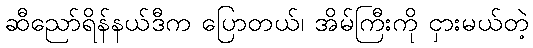
ဆီညော်ရိန်နယ်ဒီက ပြောတယ်၊ အိမ်ကြီးကို ငှားမယ်တဲ့